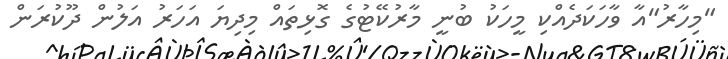
"މިހާރު"އާ ވާހަކަދެއްކި މީހަކު ބުނީ މާރުކޭޓުގެ ގޮޅިތައް މިދިޔަ އަހަރު އަލުން ދޫކުރަން